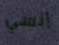
إنسي